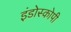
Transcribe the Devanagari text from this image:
इंडोस्कोपी